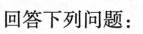
回答下列问题：